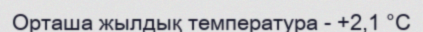
Орташа жылдық температура - +2,1 °C